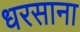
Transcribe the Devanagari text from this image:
धरसाना